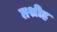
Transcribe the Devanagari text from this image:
तश्रीह